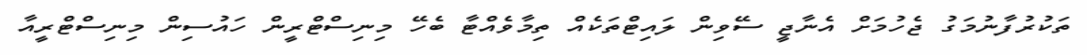
ތަކުރުފާނުމަގު ޖެހުމަށް އެނާޖީ ސޭވިން ލައިޓްތަކެއް ތިމާވެއްޓާ ބެހޭ މިނިސްޓްރީން ހައުސިން މިނިސްޓްރީއާ